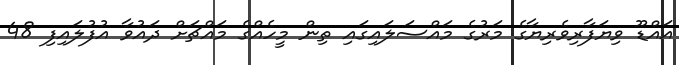
އައްޑޫ ވިޔަފާރިވެރިޔާގެ މަރުގެ މައްސަލައިގައި ތިން މީހެއްގެ މައްޗަށް ދައުވާ އުފުލައިފި 48